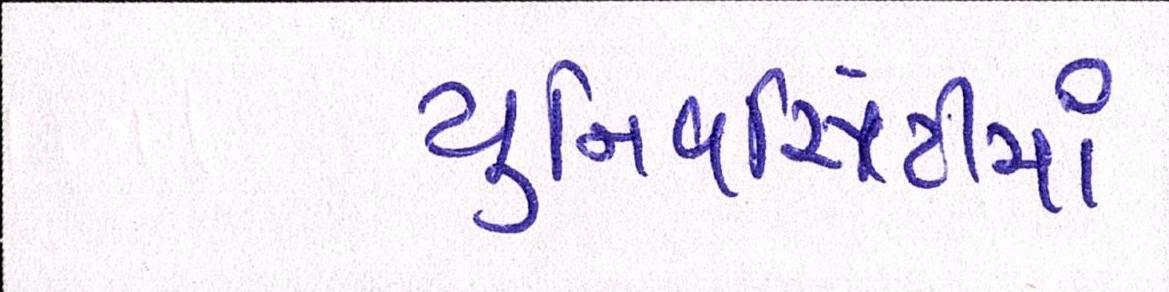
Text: યુનિવર્સિટીમાં